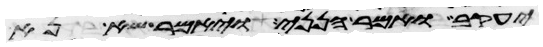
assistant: יעקב ואמר הנני ויאמר שא נא